Indian journal of veterinary science and animal husbandry - Volume 13,
Year: 1943
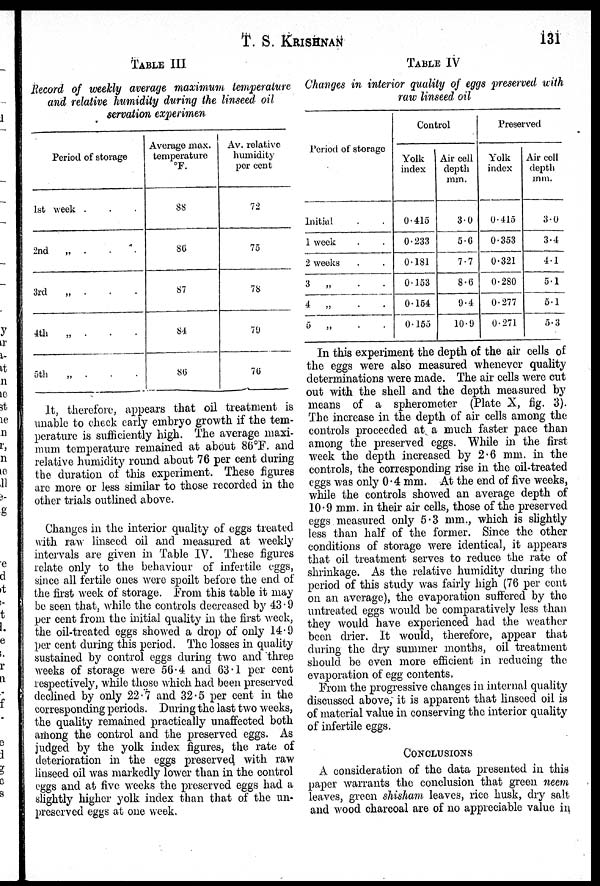
T. S. KRISHNAN 131
TABLE III
Record of weekly average maximum temperature
and relative humidity during the linseed oil
servation experimen
Period of storage
1st week . . .
2nd „ . . .
3rd „ . . .
4th „ . . .
5th „ . . .
Average max.
temperature
°F.
88
86
87
84
86
Av. relative
humidity
per cent
72
75
78
79
76
It, therefore, appears that oil treatment is
unable to check early embryo growth if the tem-
perature is sufficiently high. The average maxi-
mum temperature remained at about 86°F. and
relative humidity round about 76 per cent during
the duration of this experiment. These figures
are more or less similar to those recorded in the
other trials outlined above.
Changes in the interior quality of eggs treated
with raw linseed oil and measured at weekly
intervals are given in Table IV. These figures
relate only to the behaviour of infertile eggs,
since all fertile ones were spoilt before the end of
the first week of storage. From this table it may
be seen that, while the controls decreased by 43.9
per cent from the initial quality in the first week,
the oil-treated eggs showed a drop of only 14.9
per cent during this period. The losses in quality
sustained by control eggs during two and three
weeks of storage were 56.4 and 63.1 per cent
respectively, while those which had been preserved
declined by only 22.7 and 32.5 per cent in the
corresponding periods. During the last two weeks,
the quality remained practically unaffected both
among the control and the preserved eggs. As
judged by the yolk index figures, the rate of
deterioration in the eggs preserved with raw
linseed oil was markedly lower than in the control
eggs and at five weeks the preserved eggs had a
slightly higher yolk index than that of the un-
preserved eggs at one week.
TABLE IV
Changes in interior quality of eggs preserved with
raw linseed oil
Period of storage
Initial . .
1 week . .
2 weeks . .
3 „ . .
4 „ . .
5
„
.
.
Control
Yolk
index
0.415
0.233
0.181
0.153
0.154
0.155
Air cell
depth
mm.
3.0
5.6
7.7
8.6
9.4
10.9
Preserved
Yolk
index
0.415
0.353
0.321
0.280
0.277
0.271
Air cell
depth
mm.
3.0
3.4
4.1
5.1
5.1
5.3
In this experiment the depth of the air cells of
the eggs were also measured whenever quality
determinations were made. The air cells were cut
out with the shell and the depth measured by
means of a spherometer (Plate X, fig. 3).
The increase in the depth of air cells among the
controls proceeded at a much faster pace than
among the preserved eggs. While in the first
week the depth increased by 2.6 mm. in the
controls, the corresponding rise in the oil-treated
eggs was only 0.4 mm. At the end of five weeks,
while the controls showed an average depth of
10.9 mm. in their air cells, those of the preserved
eggs measured only 5.3 mm., which is slightly
less than half of the former. Since the other
conditions of storage were identical, it appears
that oil treatment serves to reduce the rate of
shrinkage. As the relative humidity during the
period of this study was fairly high (76 per cent
on an average), the evaporation suffered by the
untreated eggs would be comparatively less than
they would have experienced had the weather
been drier. It would, therefore, appear that
during the dry summer months, oil treatment
should be even more efficient in reducing the
evaporation of egg contents.
From the progressive changes in internal quality
discussed above, it is apparent that linseed oil is
of material value in conserving the interior quality
of infertile eggs.
CONCLUSIONS
A consideration of the data presented in this
paper warrants the conclusion that green neem
leaves, green shisham leaves, rice husk, dry salt
and wood charcoal are of no appreciable value in